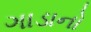
ગાડાનો